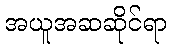
အယူအဆဆိုင်ရာ